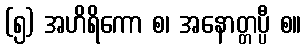
(၅) အဟိရိကော စ၊ အနောတ္တပ္ပီ စ။